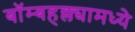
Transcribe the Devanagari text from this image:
बॉम्बहल्ल्यामध्ये